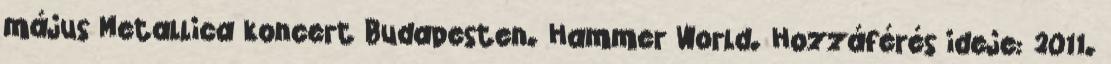
május Metallica koncert Budapesten. Hammer World. Hozzáférés ideje: 2011.